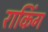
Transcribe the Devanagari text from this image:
राकिंग